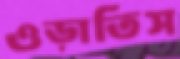
ওড়াতিস